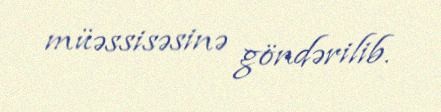
müəssisəsinə göndərilib.